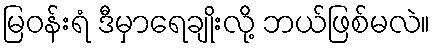
မြဝန်းရံ ဒီမှာရေချိုးလို့ ဘယ်ဖြစ်မလဲ။